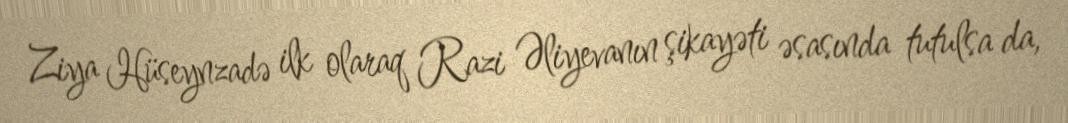
Ziya Hüseynzadə ilk olaraq Razi Əliyevanın şikayəti əsasında tutulsa da,